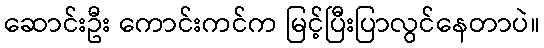
ဆောင်းဦး ကောင်းကင်က မြင့်ပြီးပြာလွင်နေတာပဲ။